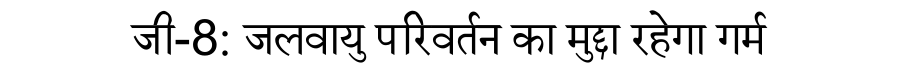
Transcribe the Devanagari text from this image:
जी-8: जलवायु परिवर्तन का मुद्दा रहेगा गर्म